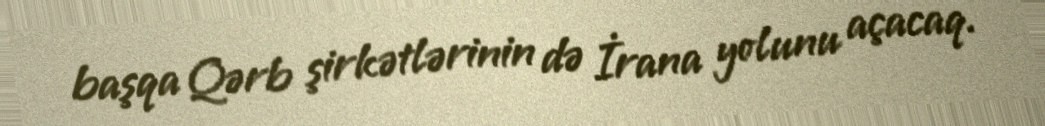
başqa Qərb şirkətlərinin də İrana yolunu açacaq.